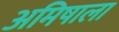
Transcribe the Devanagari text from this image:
अमिषाला